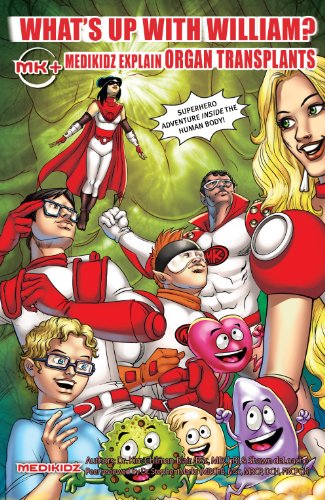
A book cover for Medikidz Explain Organ Transplant: What's Up with William?; Kim Chilman-Blair; Health, Fitness & Dieting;